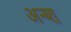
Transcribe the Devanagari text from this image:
अन्श